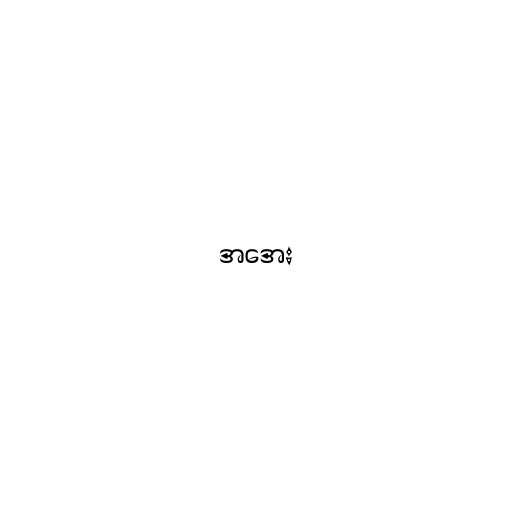
အအေး